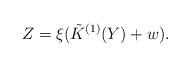
LaTeX: \begin{align*} Z= \xi (\tilde { K}^{(1)}(Y) + w).\end{align*}